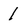
Character: 1